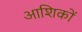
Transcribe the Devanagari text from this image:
आशिकों